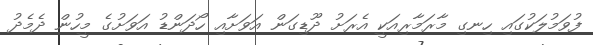
ފުވަމުލަކުގައި ހިނގި މާރަމާރިއަކީ އެރަށު ދޫޑިގަން އަވަށާއި ހޯދަންޑު އަވަށުގެ މީހުން ދެމެދު